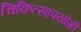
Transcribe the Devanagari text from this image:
चिकित्सापयोगी